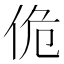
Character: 佹